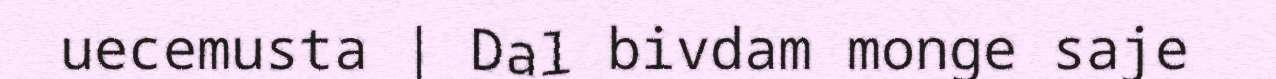
uecemusta | Dal bivdam monge saje